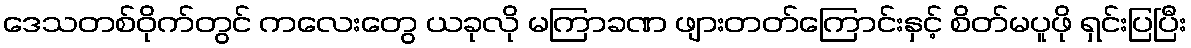
ဒေသတစ်ဝိုက်တွင် ကလေးတွေ ယခုလို မကြာခဏ ဖျားတတ်ကြောင်းနှင့် စိတ်မပူဖို ရှင်းပြပြီး